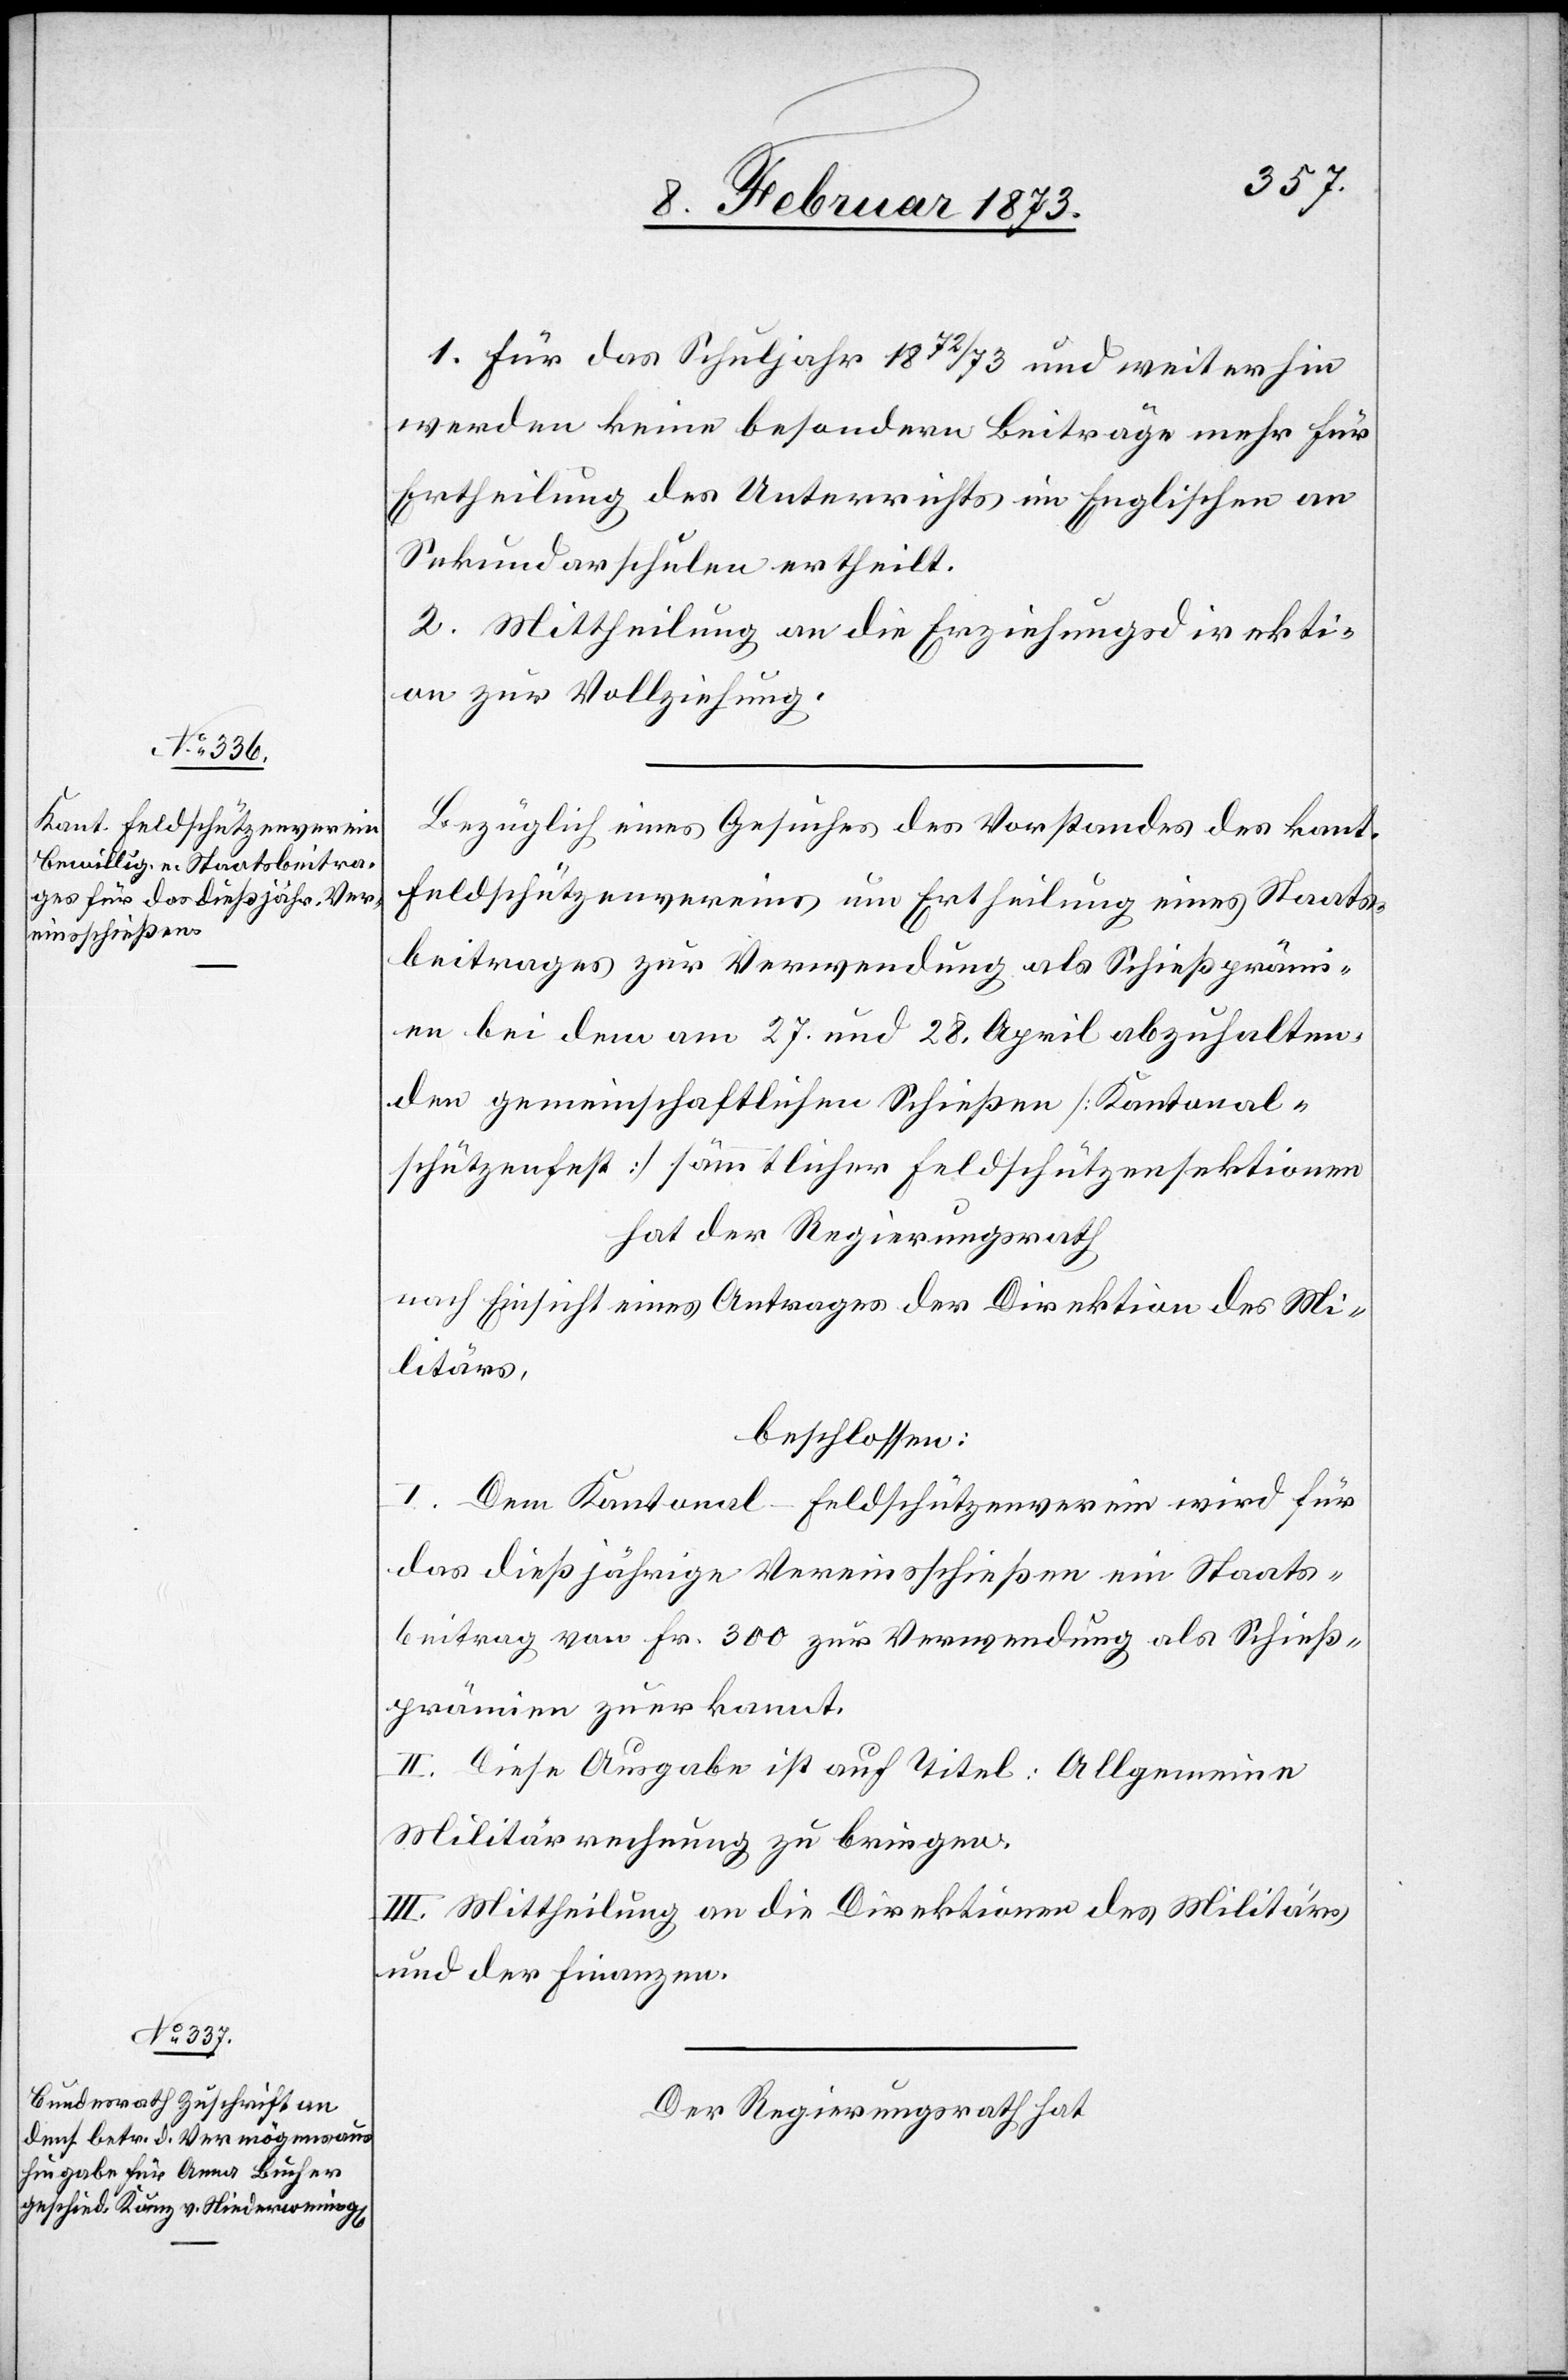
1. Für das Schuljahr 1872/73 und weiterhin
werden keine besondern Beiträge mehr für
Ertheilung des Unterrichts im Englischen an
Sekundarschulen ertheilt.
2. Mittheilung an die Erziehungsdirekti¬
on zur Vollziehung.
Bezüglich eines Gesuches des Vorstandes des kant.
Feldschützenvereins um Ertheilung eines Staats¬
beitrages zur Verwendung als Schießprämi¬
en bei dem am 27. und 28. April abzuhalten¬
den gemeinschaftlichen Schießen [Kantonal¬
schützenfest] sämmtlicher Feldschützensektionen
hat der Regierungsrath
nach Einsicht eines Antrages der Direktion des Mi¬
litärs,
beschlossen:
I. Dem Kantonal-Feldschützenverein wird für
das dießjährige Vereinsschießen ein Staats¬
beitrag von Fr. 300 zur Verwendung als Schieß¬
prämien zuerkannt.
II. Diese Ausgabe ist auf Titel: Allgemeine
Militärrechnung zu bringen.
III. Mittheilung an die Direktionen des Militärs
und der Finanzen.
Der Regierungsrath hat